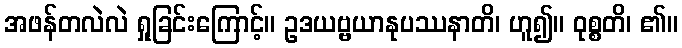
အဖန်တလဲလဲ ရှုခြင်းကြောင့်။ ဥဒယဗ္ဗယာနုပဿနာတိ၊ ဟူ၍။ ဝုစ္စတိ၊ ၏။